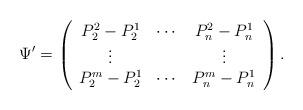
LaTeX: \begin{align*}\Psi'=\left(\begin{array}{ccc}P^2_2-P^1_2 & \cdots & P^2_n-P^1_n\\\vdots & & \vdots\\P^m_2-P^1_2 & \cdots & P^m_n-P^1_n\end{array}\right).\end{align*}